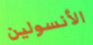
الأنسولين